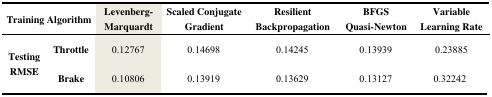
<table><thead><tr><td colspan="2"><b>Training Algorithm</b></td><td><b>Levenberg-Marquardt</b></td><td><b>Scaled Conjugate Gradient</b></td><td><b>Resilient Backpropagation</b></td><td><b>BFGS Quasi-Newton</b></td><td><b>Variable Learning Rate</b></td></tr></thead><tbody><tr><td rowspan="2"><b>Testing RMSE</b></td><td><b>Throttle</b></td><td>0.12767</td><td>0.14698</td><td>0.14245</td><td>0.13939</td><td>0.23885</td></tr><tr><td><b>Brake</b></td><td>0.10806</td><td>0.13919</td><td>0.13629</td><td>0.13127</td><td>0.32242</td></tr></tbody></table>